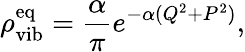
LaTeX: \rho_{\textrm{vib}}^{\textrm{eq}}=\frac{\alpha}{\pi}e^{-\alpha(Q^{2}+P^{2})},